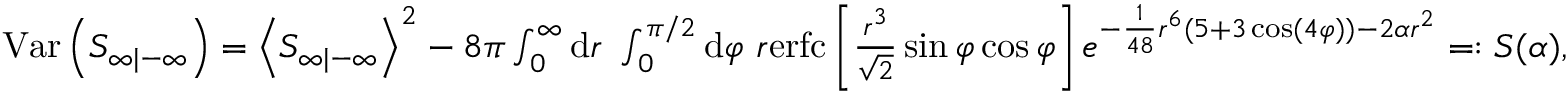
\begin{array} { r } { \mathrm { V a r } \left( S _ { \infty | - \infty } \right) = \left\langle S _ { \infty | - \infty } \right\rangle ^ { 2 } - 8 \pi \int _ { 0 } ^ { \infty } \mathrm { d } r \ \int _ { 0 } ^ { \pi / 2 } \mathrm { d } \varphi \ r \mathrm { e r f c } \left[ \frac { r ^ { 3 } } { \sqrt { 2 } } \sin \varphi \cos \varphi \right] e ^ { - \frac { 1 } { 4 8 } r ^ { 6 } ( 5 + 3 \cos ( 4 \varphi ) ) - 2 \alpha r ^ { 2 } } = : S ( \alpha ) , } \end{array}